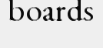
boards